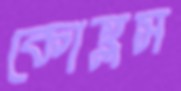
কোহ্লস